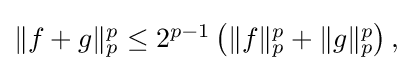
{\textstyle \|f+g\|_{p}^{p}\leq 2^{p-1}\left(\|f\|_{p}^{p}+\|g\|_{p}^{p}\right),}